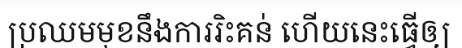
ប្រឈមមុខនឹងការរិះគន់ ហើយនេះធ្វើឲ្យ